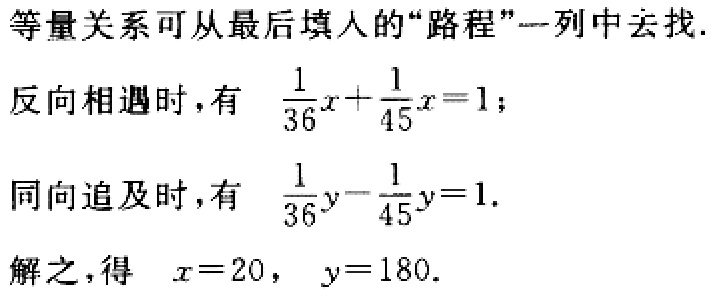
等量关系可从最后填入的“路程”一列中去找.
反向相遇时，有 $\frac{1}{36}x+\frac{1}{45}x = 1$；
同向追及时，有 $\frac{1}{36}y-\frac{1}{45}y = 1$.
解之，得 $x = 20$， $y = 180$.